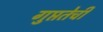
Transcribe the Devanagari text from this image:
गुप्ततेची